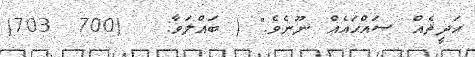
ޙަދީޘެއް ޞައްޙައެއް ނޫނެވެ." ( ބައްލަވާ:   (700  703)